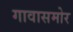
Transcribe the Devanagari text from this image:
गावासमोर